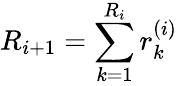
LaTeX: R_{i+1}=\sum_{k=1}^{R_{i}}r_{k}^{(i)}